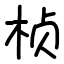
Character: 桢